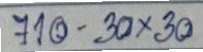
710 - 30x30